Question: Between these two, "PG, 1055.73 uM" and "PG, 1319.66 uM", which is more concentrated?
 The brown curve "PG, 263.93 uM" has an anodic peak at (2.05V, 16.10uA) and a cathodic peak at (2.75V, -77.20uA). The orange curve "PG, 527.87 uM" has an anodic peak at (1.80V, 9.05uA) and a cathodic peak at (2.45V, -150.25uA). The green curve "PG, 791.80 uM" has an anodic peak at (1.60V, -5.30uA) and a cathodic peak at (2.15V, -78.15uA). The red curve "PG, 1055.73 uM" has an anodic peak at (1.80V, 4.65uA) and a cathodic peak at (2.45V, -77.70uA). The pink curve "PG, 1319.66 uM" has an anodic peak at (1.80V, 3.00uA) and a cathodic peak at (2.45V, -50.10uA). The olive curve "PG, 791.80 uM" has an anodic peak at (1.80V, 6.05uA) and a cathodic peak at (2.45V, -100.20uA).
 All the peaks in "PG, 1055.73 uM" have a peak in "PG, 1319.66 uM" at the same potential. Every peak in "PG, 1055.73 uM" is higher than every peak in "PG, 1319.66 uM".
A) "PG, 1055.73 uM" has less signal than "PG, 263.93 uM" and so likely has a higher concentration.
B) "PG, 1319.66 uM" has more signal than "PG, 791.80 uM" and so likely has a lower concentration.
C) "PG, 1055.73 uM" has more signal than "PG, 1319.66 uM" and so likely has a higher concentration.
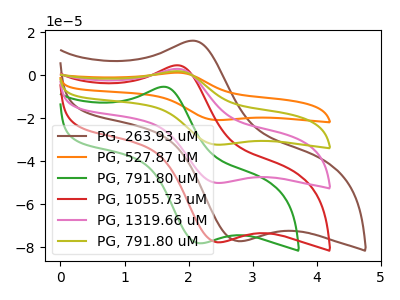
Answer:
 <answer>C) "PG, 1055.73 uM" has more signal than "PG, 1319.66 uM" and so likely has a higher concentration.</answer>
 <eval>C</eval>